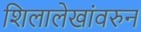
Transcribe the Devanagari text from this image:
शिलालेखांवरुन